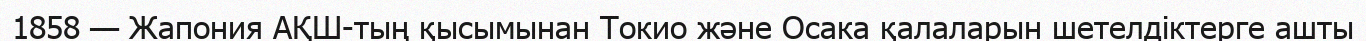
1858 — Жапония АҚШ-тың қысымынан Токио және Осака қалаларын шетелдіктерге ашты